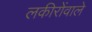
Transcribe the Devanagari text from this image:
लकीरोंवाले